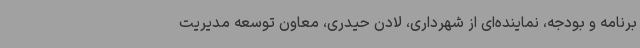
برنامه و بودجه، نماینده‌ای از شهرداری، لادن حیدری، معاون توسعه مدیریت